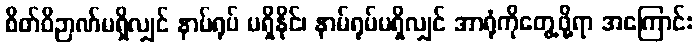
စိတ်ဝိဉာဏ်မရှိလျှင် နာမ်ရုပ် မရှိနိုင်၊ နာမ်ရုပ်မရှိလျှင် အာရုံကိုတွေ့ဖို့ရာ အကြောင်း